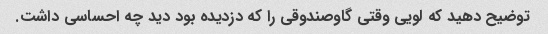
توضیح دهید که لویی وقتی گاوصندوقی را که دزدیده بود دید چه احساسی داشت.